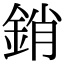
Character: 銷